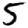
Digit: 5